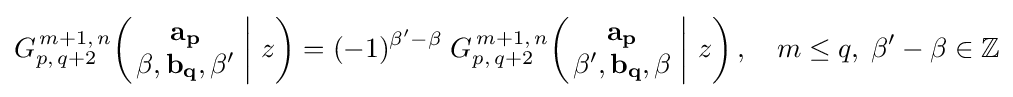
G_{p,\,q+2}^{\,m+1,\,n}\!\left(\left.{\begin{matrix}\mathbf {a_{p}} \\\beta ,\mathbf {b_{q}} ,\beta '\end{matrix}}\;\right|\,z\right)=(-1)^{\beta '-\beta }\;G_{p,\,q+2}^{\,m+1,\,n}\!\left(\left.{\begin{matrix}\mathbf {a_{p}} \\\beta ',\mathbf {b_{q}} ,\beta \end{matrix}}\;\right|\,z\right),\quad m\leq q,\;\beta '-\beta \in \mathbb {Z}